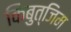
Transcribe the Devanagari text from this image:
किबुत्जिम